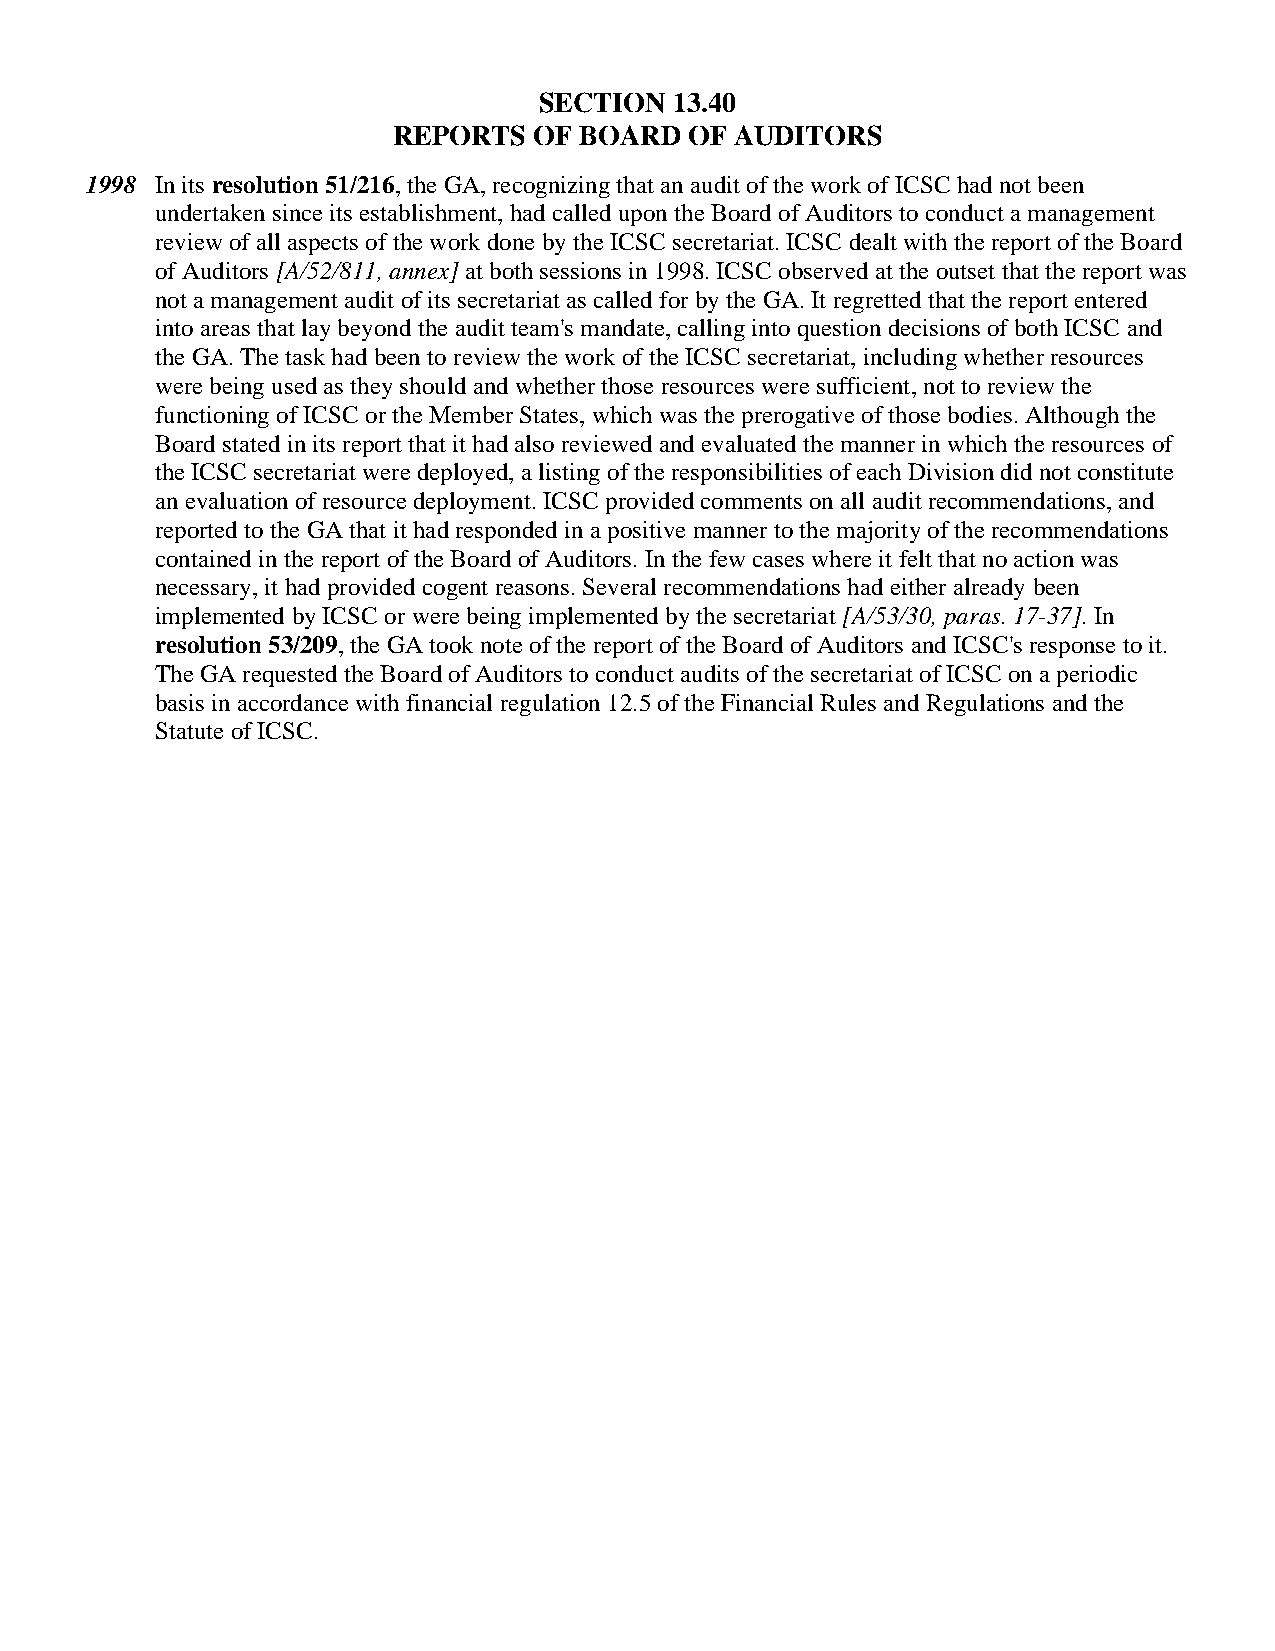
SECTION  13.40
 REPORTS  OF BOARD   OF AUDITORS
 1998 In its resolution 51/216, the GA, recognizing that an audit of the work of ICSC had not been
 undertaken since its establishment, had called upon the Board of Auditors to conduct a management
 review of all aspects of the work done by the ICSC secretariat. ICSC dealt with the report of the Board
 of Auditors [A/52/811, annex] at both sessions in 1998. ICSC observed at the outset that the report was
 not a management audit of its secretariat as called for by the GA. It regretted that the report entered
 into areas that lay beyond the audit team's mandate, calling into question decisions of both ICSC and
 the GA. The task had been to review the work of the ICSC secretariat, including whether resources
 were being used as they should and whether those resources were sufficient, not to review the
 functioning of ICSC or the Member States, which was the prerogative of those bodies. Although the
 Board stated in its report that it had also reviewed and evaluated the manner in which the resources of
 the ICSC secretariat were deployed, a listing of the responsibilities of each Division did not constitute
 an evaluation of resource deployment. ICSC provided comments on all audit recommendations, and
 reported to the GA that it had responded in a positive manner to the majority of the recommendations
 contained in the report of the Board of Auditors. In the few cases where it felt that no action was
 necessary, it had provided cogent reasons. Several recommendations had either already been
 implemented by ICSC or were being implemented by the secretariat [A/53/30, paras. 17-37]. In
 resolution 53/209, the GA took note of the report of the Board of Auditors and ICSC's response to it.
 The GA requested the Board of Auditors to conduct audits of the secretariat of ICSC on a periodic
 basis in accordance with financial regulation 12.5 of the Financial Rules and Regulations and the
 Statute of ICSC.